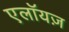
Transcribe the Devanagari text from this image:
एलॉयज़